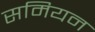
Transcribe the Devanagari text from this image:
समियन